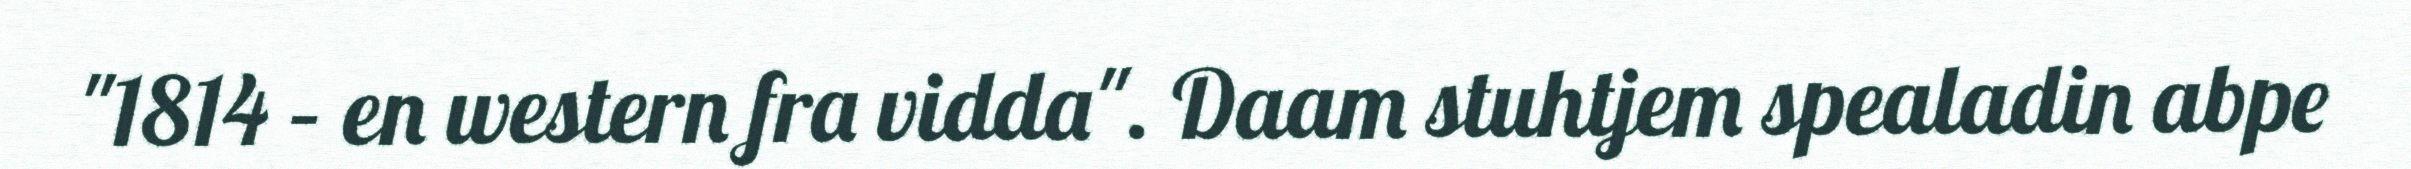
"1814 – en western fra vidda". Daam stuhtjem spealadin abpe